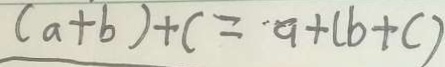
( a + b ) + c = a + ( b + c )